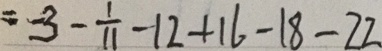
= - 3 - \frac { 1 } { 1 1 } - 1 2 + 1 6 - 1 8 - 2 2